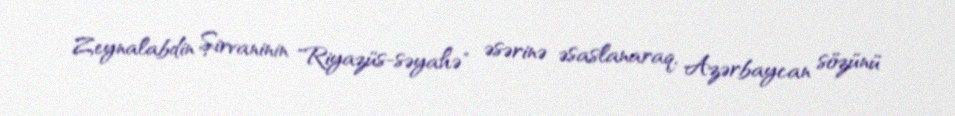
Zeynalabdin Şirvaninin "Riyazüs-səyahə" əsərinə əsaslanaraq, Azərbaycan sözünü